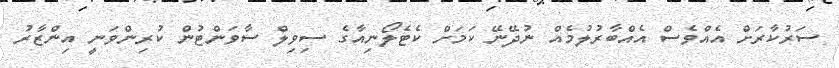
ސަރުކާރަށް އެއްވެސް އެއްބާރުލުމެއް ނުދޭނޭ ކަމަށް ކެޓެލޯނިއާގެ ސިވިލް ސާވަންޓުން ކުރިންވަނީ އިންޒާރު